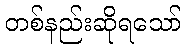
တစ်နည်းဆိုရသော်